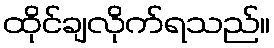
ထိုင်ချလိုက်ရသည်။